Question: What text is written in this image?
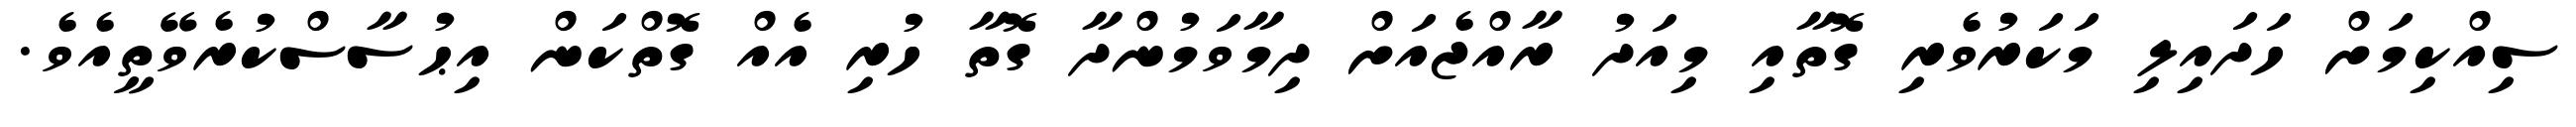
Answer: ސިއްކިމަށް ހަދައިލި މަކަރުވެރި ގޮތާއި މިއަދު ރާއްޖެއަށް ދިމާވަމުންދާ ގޮތާ ހުރި އެއް ގޮތްކަން އިޙުސާސްކުރެވޭތީއެވެ.